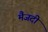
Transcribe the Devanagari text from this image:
मैजदी